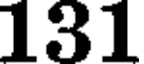
131